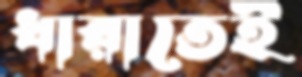
ধারাতেই